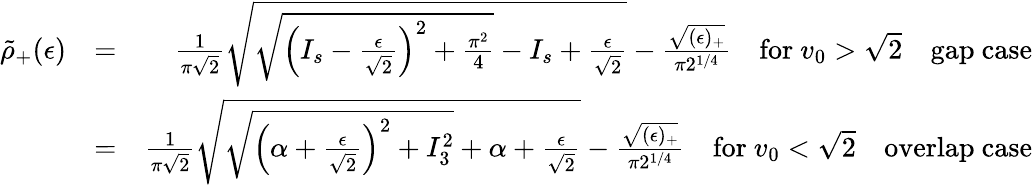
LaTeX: \begin{array}{rlr}{\tilde{\rho}_{+}(\epsilon)}&{=}&{\frac{1}{\pi\sqrt{2}}\sqrt{\sqrt{\left(I_{s}-\frac{\epsilon}{\sqrt{2}}\right)^{2}+\frac{\pi^{2}}{4}}-I_{s}+\frac{\epsilon}{\sqrt{2}}}-\frac{\sqrt{(\epsilon)_{+}}}{\pi 2^{1/4}}\quad\mathrm{for}\ v_{0}>\sqrt{2}\quad\mathrm{gap~case}}\\ &{=}&{\frac{1}{\pi\sqrt{2}}\sqrt{\sqrt{\left(\alpha+\frac{\epsilon}{\sqrt{2}}\right)^{2}+I_{3}^{2}}+\alpha+\frac{\epsilon}{\sqrt{2}}}-\frac{\sqrt{(\epsilon)_{+}}}{\pi 2^{1/4}}\quad\mathrm{for}\ v_{0}<\sqrt{2}\quad\mathrm{overlap~case}}\end{array}